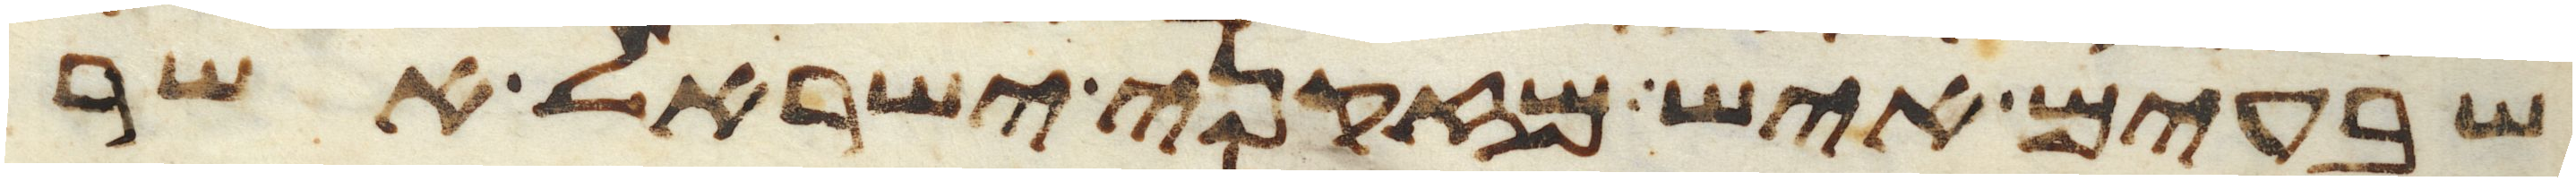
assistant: שבעים איש מזקני ישראל אשר